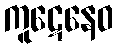
ကူဋေနေဝ